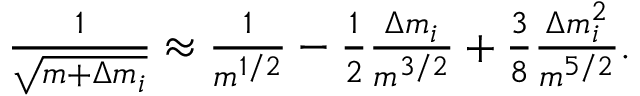
\begin{array} { r } { \frac { 1 } { \sqrt { m + \Delta m _ { i } } } \approx \frac { 1 } { m ^ { 1 / 2 } } - \frac { 1 } { 2 } \frac { \Delta m _ { i } } { m ^ { 3 / 2 } } + \frac { 3 } { 8 } \frac { \Delta m _ { i } ^ { 2 } } { m ^ { 5 / 2 } } . } \end{array}